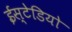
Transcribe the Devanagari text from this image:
ईस्टेडियो